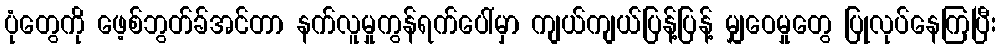
ပုံတွေကို ဖေ့စ်ဘွတ်ခ်အင်တာ နက်လူမှုကွန်ရက်ပေါ်မှာ ကျယ်ကျယ်ပြန့်ပြန့် မျှဝေမှုတွေ ပြုလုပ်နေကြပြီး